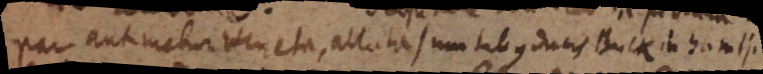
par aut melior Veneta, allata sumtibus ducis Buckinhamii.